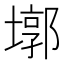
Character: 墎